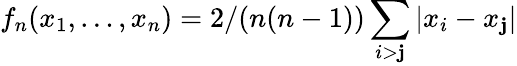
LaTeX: f_{n}(x_{1},\ldots,x_{n})=2/(n(n-1))\sum_{i>\mathbf{j}}|x_{i}-x_{\mathbf{j}}|